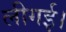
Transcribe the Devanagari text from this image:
लीगई।